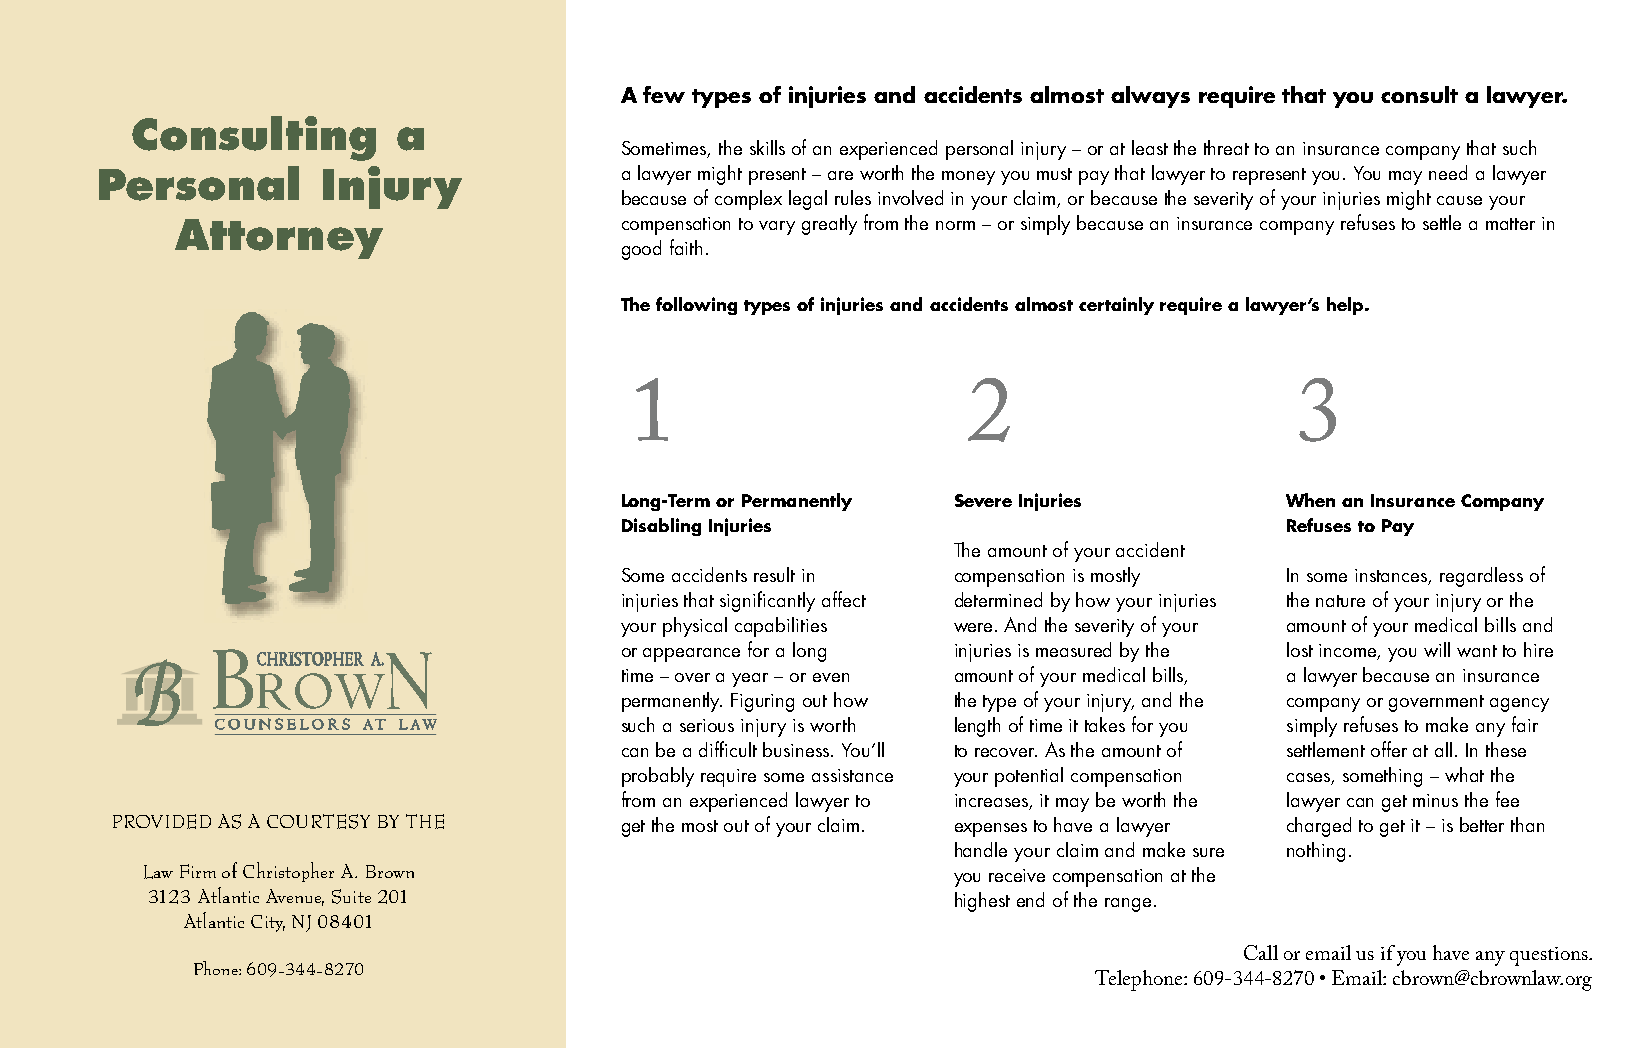
A few types of injuries and accidents almost always require that you consult a lawyer.
 Consulting       a
 Sometimes, the skills of an experienced personal injury – or at least the threat to an insurance company that such
 Personal       Injury              a lawyer might present – are worth the money you must pay that lawyer to represent you. You may need a lawyer
 because of complex legal rules involved in your claim, or because the severity of your injuries might cause your
 Attorney                     compensation to vary greatly from the norm – or simply because an insurance company refuses to settle a matter in
 good faith.
 The following types of injuries and accidents almost certainly require a lawyer’s help.
 1                     2                     3
 Long-Term or Permanently Severe Injuries    When an Insurance Company
 Disabling Injuries                          Refuses to Pay
 The amount of your accident
 Some accidents result in compensation is mostly In some instances, regardless of
 injuries that signifi cantly affect determined by how your injuries the nature of your injury or the
 your physical capabilities were. And the severity of your amount of your medical bills and
 �  ���������������������� ����� or appearance for a long injuries is measured by the lost income, you will want to hire
 ���                     time – over a year – or even amount of your medical bills, a lawyer because an insurance
 permanently. Figuring out how the type of your injury, and the company or government agency
 ���������� �� ���          such a serious injury is worth length of time it takes for you simply refuses to make any fair
 can be a diffi cult business. You’ll to recover. As the amount of settlement offer at all. In these
 probably require some assistance your potential compensation cases, something – what the
 from an experienced lawyer to increases, it may be worth the lawyer can get minus the fee
 PROVIDED AS A COURTESY BY THE
 get the most out of your claim. expenses to have a lawyer charged to get it – is better than
 handle your claim and make sure nothing.
 Law Firm of Christopher A. Brown
 you receive compensation at the
 3123 Atlantic Avenue, Suite 201
 highest end of the range.
 Atlantic City, NJ 08401
 Call or email us if you have any questions.
 Phone: 609-344-8270
 Telephone: 609-344-8270 • Email: cbrown@cbrownlaw.org